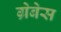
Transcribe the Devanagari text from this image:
ग्रेबेस